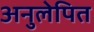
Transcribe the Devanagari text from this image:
अनुलेपित